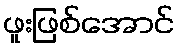
ဖူးဖြစ်အောင်